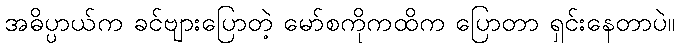
အဓိပ္ပာယ်က ခင်ဗျားပြောတဲ့ မော်စကိုကထိက ပြောတာ ရှင်းနေတာပဲ။